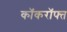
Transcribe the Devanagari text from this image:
कॉकरॉफ्त